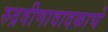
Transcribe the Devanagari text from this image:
रुद्रवीणावादकाचे